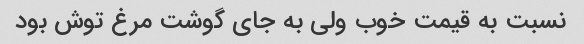
نسبت به قیمت خوب ولی به جای گوشت مرغ توش بود